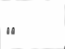
٤٦